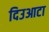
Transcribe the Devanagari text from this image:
दिउआटा